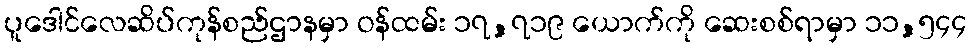
ပူဒေါင်လေဆိပ်ကုန်စည်ဌာနမှာ ဝန်ထမ်း ၁၇,၇၁၉ ယောက်ကို ဆေးစစ်ရာမှာ ၁၁,၅၄၄